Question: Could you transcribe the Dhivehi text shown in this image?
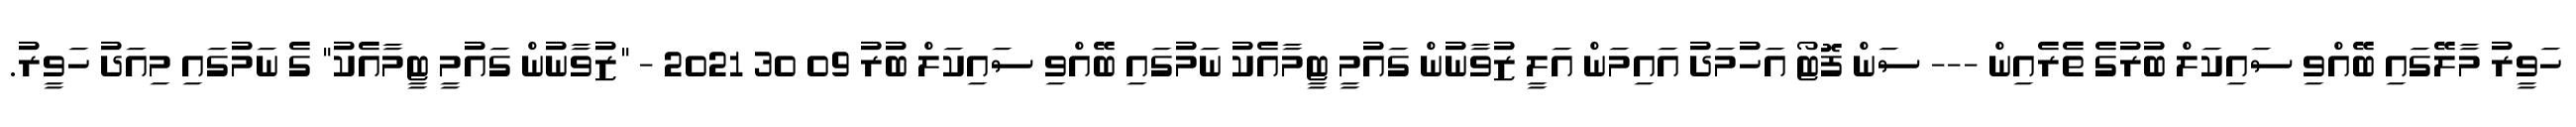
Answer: ހަވީރު މާލޭގައި ބޭއްވި ސައިކަލް ބުރުގެ ތެރެއިން --- ސަން ފޮޓޯ އަހުމަދު އައިމަން އަލީ ޒުވާނުން ގައުމީ ޓީމާއެކު ނަމުގައި ބޭއްވި ސައިކަލް ބުރު 09 30 2021 - "ޒުވާނުން ގައުމީ ޓީމާއެކު" ގެ ނަމުގައި މިއަދު ހަވީރު.